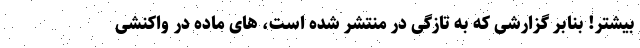
بیشتر! بنابر گزارشی که به تازگی در منتشر شده است، های ماده در واکنشی